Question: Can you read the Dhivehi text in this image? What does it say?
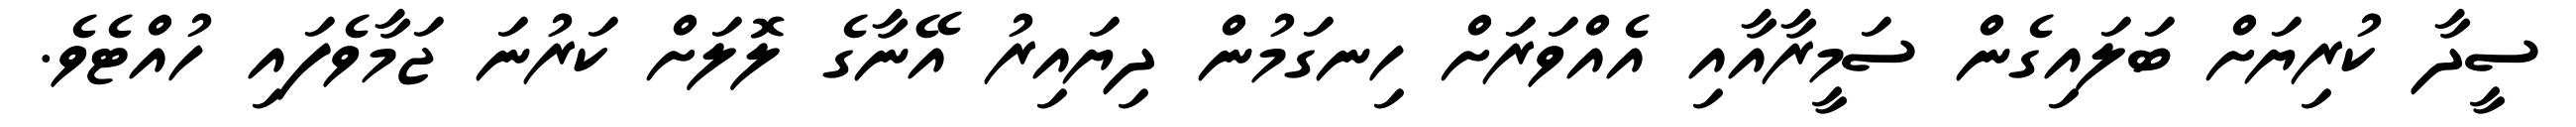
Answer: ސީދާ ކުރިޔަށް ބަލައިގެން ސަމީރާއާއި އެއްވަރަށް ހިނގަމުން ދިޔައިރު އޭނާގެ ލޮލަށް ކަރުނަ ޖަމާވެފައި ހުއްޓެވެ.